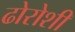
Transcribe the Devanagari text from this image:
ढोरोशी